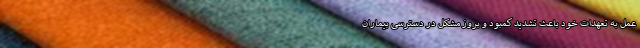
عمل به تعهدات خود باعث تشدید کمبود و بروز مشکل در دسترسی بیماران